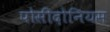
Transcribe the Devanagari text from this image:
पोसीदोनियस